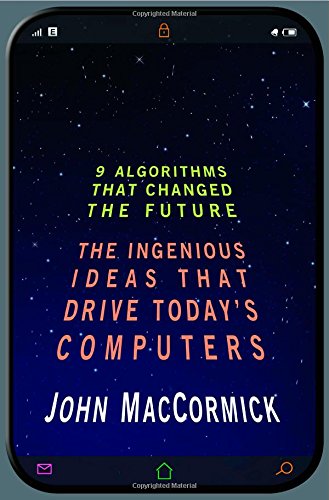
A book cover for Nine Algorithms That Changed the Future: The Ingenious Ideas That Drive Today's Computers; John MacCormick; Computers & Technology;